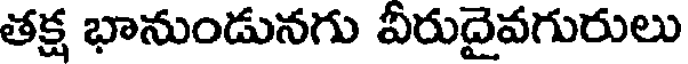
తక్ష భానుండునగు వీరుదైవగురులు